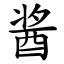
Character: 酱